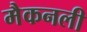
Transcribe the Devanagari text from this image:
मैकनली